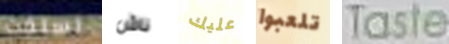
تسلقت ناش عليك تلعبوا Taste